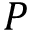
P